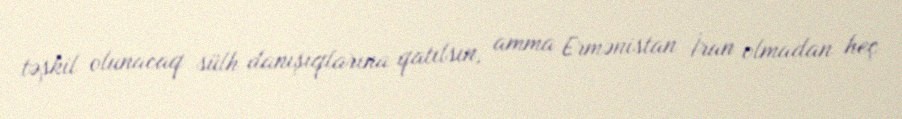
təşkil olunacaq sülh danışıqlarına qatılsın, amma Ermənistan İran olmadan heç